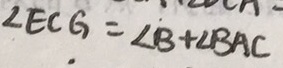
\angle E C G = \angle B + \angle B A C